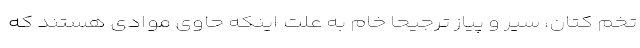
تخم کتان، سیر و پیاز ترجیحاً خام به علت اینکه حاوی موادی هستند که